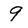
Character: 9